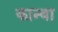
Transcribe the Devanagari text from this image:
कान्वा